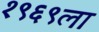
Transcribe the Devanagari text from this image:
१९६९ला